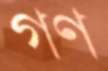
গণ